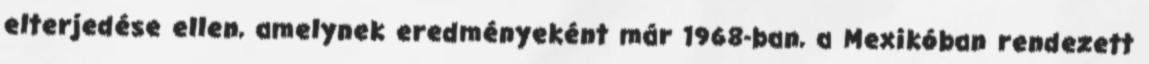
elterjedése ellen, amelynek eredményeként már 1968-ban, a Mexikóban rendezett